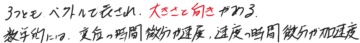
3次元ベクトル場において、大きさと向きが、数学的には、変位・回転・微分加速度、速度・回転・微分加速度